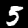
Label: 5